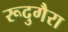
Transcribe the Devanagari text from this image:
रूदुगैरा